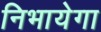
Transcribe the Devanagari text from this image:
निभायेगा